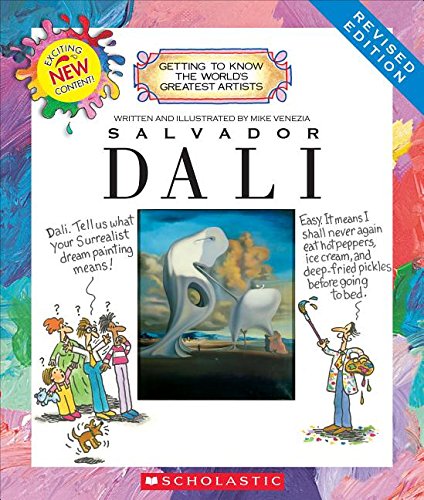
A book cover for Salvador Dali (Getting to Know the World's Greatest Artists); Mike Venezia; Children's Books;